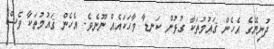
ދުނިޔޭގެ އެހެން ޤައުމުތަކާ ގުޅުން ކަނޑާ ވާހަކައެއް ނޫނެވެ. އެހެން ޤައުމުތަކާ ވެސް